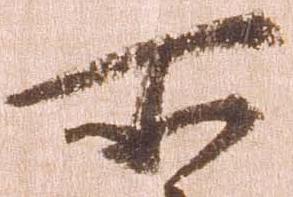
所